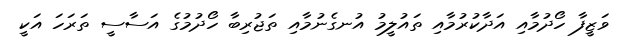
ވަޒީފާ ހޯދުމާއި އަދާކުރުމާއި ތައުލީމު އުނގެނުމާއި ތަޖުރިބާ ހޯދުމުގެ އަސާސީ ތަރަހަ އަކީ